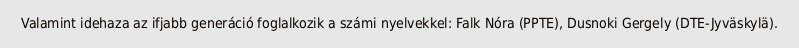
Valamint idehaza az ifjabb generáció foglalkozik a számi nyelvekkel: Falk Nóra (PPTE), Dusnoki Gergely (DTE-Jyväskylä).